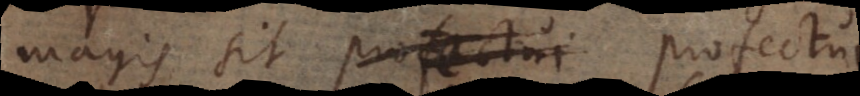
magis sit profectui studiorum,